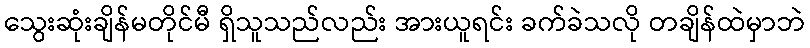
သွေးဆုံးချိန်မတိုင်မီ ရှိသူသည်လည်း အားယူရင်း ခက်ခဲသလို တချိန်ထဲမှာဘဲ